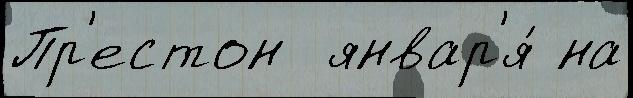
Пр'естон  январ'я́ на